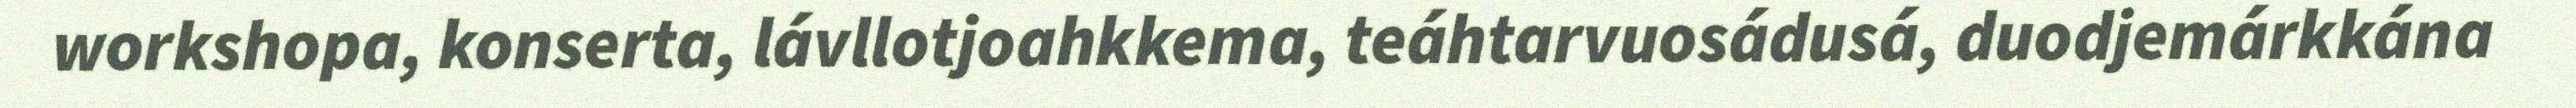
workshopa, konserta, lávllotjoahkkema, teáhtarvuosádusá, duodjemárkkána